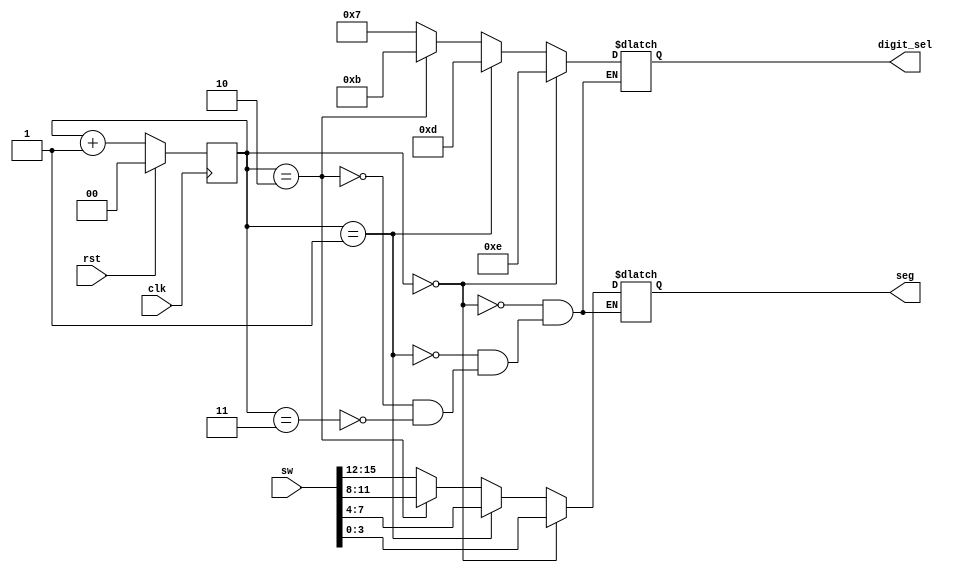
`timescale 1ns / 1ps
//////////////////////////////////////////////////////////////////////////////////
// Company: 
// Engineer: 
// 
// Design Name: 
// Module Name: digit_selector
// Project Name: 
// Target Devices: 
// Tool Versions: 
// Description: 
// 
// Dependencies: 
// 
// Revision:
// Revision 0.01 - File Created
// Additional Comments:
// 
//////////////////////////////////////////////////////////////////////////////////


module digit_selector(
    input clk,
    input rst,
    input [15:0] sw,
    output reg [3:0] digit_sel,
    output reg [3:0] seg
    );
    reg [1:0] cntr;
    always @(posedge clk)
        begin
        if(rst)
            cntr <=0;
        else
            cntr <= cntr + 1;
        end
    
    always @(cntr)
        begin
         if(cntr == 0)
         begin
            digit_sel <= 4'b1110;
            seg <= sw[3:0];
         end
         else if(cntr == 1)
         begin
            digit_sel <= 4'b1101;
            seg <= sw[7:4];
         end
         else if(cntr == 2)
         begin
            digit_sel <= 4'b1011;
            seg <= sw[11:8];
         end
         else if(cntr == 3)
         begin
            digit_sel <= 4'b0111;
            seg <= sw[15:12];
         end
         end
endmodule